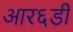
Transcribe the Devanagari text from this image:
आर६डी